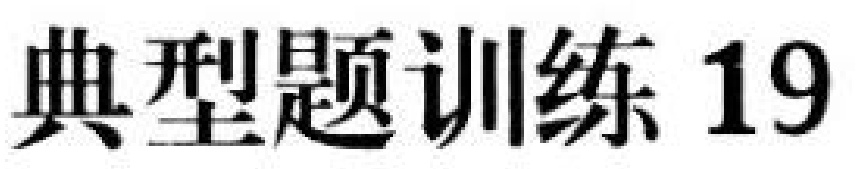
典型题训练 19